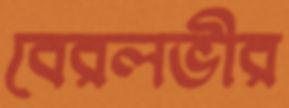
বেরলভীর